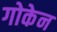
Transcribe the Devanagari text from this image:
गोकेन